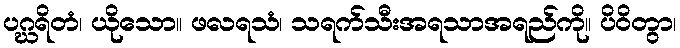
ပဂ္ဃရိတံ၊ ယိုသော။ ဖလရသံ၊ သရက်သီးအရသာအရည်ကို။ ပိဝိတွာ၊